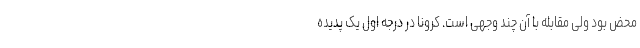
محض بود ولی مقابله با آن چند وجهی است. کرونا در درجه اول یک پدیده